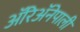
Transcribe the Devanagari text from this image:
ॲरिॲनेपाली